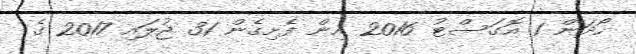
ހޯދަން 1 އޮގަސްޓު 2016 އިން ފެށިގެން 31 ޖުލައި 2017 ގެ